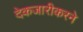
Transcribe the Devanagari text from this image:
देकजारीकरने